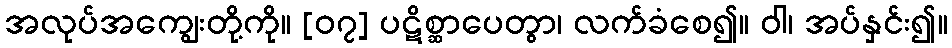
အလုပ်အကျွေးတို့ကို။ [၀၇] ပဋိစ္ဆာပေတွာ၊ လက်ခံစေ၍။ ဝါ၊ အပ်နှင်း၍။